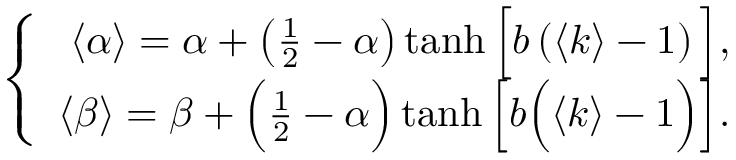
\left\{ \begin{array} { r } { \langle \alpha \rangle = \alpha + \left( \frac { 1 } { 2 } - \alpha \right) \operatorname { t a n h } \Big [ b \left( \langle k \rangle - 1 \right) \Big ] , } \\ { \langle \beta \rangle = \beta + \Big ( \frac { 1 } { 2 } - \alpha \Big ) \operatorname { t a n h } \Big [ b \Big ( \langle k \rangle - 1 \Big ) \Big ] . } \end{array} \right.